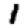
Digit: 1